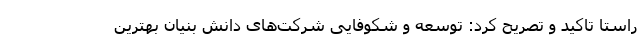
راستا تاکید و تصریح کرد: توسعه و شکوفایی شرکت‌های دانش بنیان بهترین